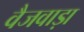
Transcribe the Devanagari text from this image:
वैजवाड़ा